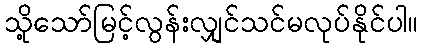
သို့သော်မြင့်လွန်းလျှင်သင်မလုပ်နိုင်ပါ။